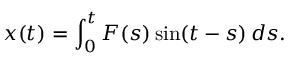
x ( t ) = \int _ { 0 } ^ { t } F ( s ) \sin ( t - s ) \, d s .